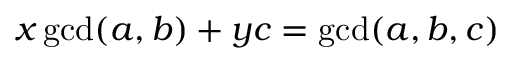
x \operatorname* { g c d } ( a , b ) + y c = \operatorname* { g c d } ( a , b , c )